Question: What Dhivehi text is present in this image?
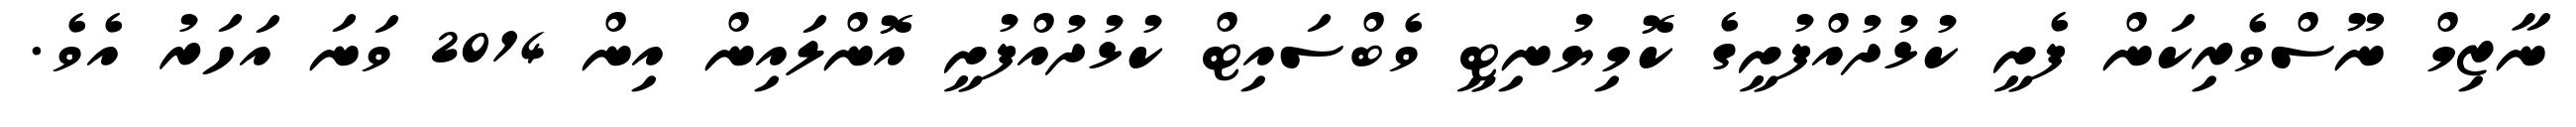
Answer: ނާޒިމް ނޫސްވެރިކަން ފެށީ ކުޅުދުއްފުށީގެ ކޮމިޔުނިޓީ ވެބްސައިޓް ކުޅުދުއްފުށީ އޮންލައިން އިން 2014 ވަނަ އަހަރު އެވެ.